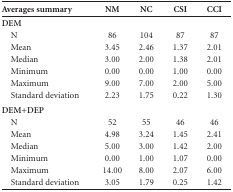
| Averages summary | NM | NC | CSI | CCI |
 | --- | --- | --- | --- | --- |
 | DEM |  |  |  |  |
 | NMeanMedianMinimumMaximumStandard deviation | 86 3.45 3.00 0.009.00 2.23 | 104 2.46 2.00 0.007.00 1.75 | 87 1.37 1.38 1.002.00 0.22 | 87 2.01 2.01 0.005.00 1.30 |
 | DEM+DEP |  |  |  |  |
 | NMeanMedianMinimumMaximumStandard deviation | 52 4.98 5.00 0.0014.00 3.05 | 55 3.24 3.00 1.008.00 1.79 | 46 1.45 1.42 1.072.07 0.25 | 46 2.41 2.00 0.006.00 1.42 |